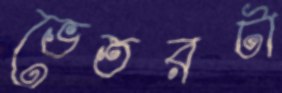
ভেতরটা